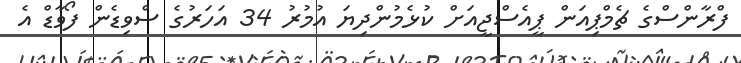
ފްރާންސްގެ ޗެމްޕިއަން ޕީއެސްޖީއަށް ކުޅެމުންދިޔަ އުމުރު 34 އަހަރުގެ ސްވިޑެން ފޯވާޑް އެ